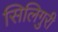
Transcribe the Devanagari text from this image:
सिलिगुरी